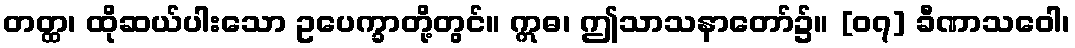
တတ္ထ၊ ထိုဆယ်ပါးသော ဥပေက္ခာတို့တွင်။ ဣဓ၊ ဤသာသနာတော်၌။ [၀၇] ခီဏာသဝေါ၊